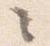
々